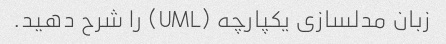
زبان مدلسازی یکپارچه (UML) را شرح دهید.